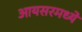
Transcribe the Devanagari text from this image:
आयसरमध्ये